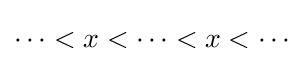
\cdots <x<\cdots <x<\cdots